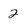
Character: 2